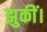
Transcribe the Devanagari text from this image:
झुकीं।